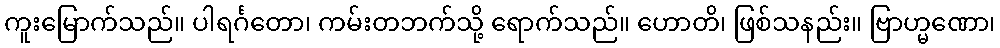
ကူးမြောက်သည်။ ပါရင်္ဂတော၊ ကမ်းတဘက်သို့ ရောက်သည်။ ဟောတိ၊ ဖြစ်သနည်း။ ဗြာဟ္မဏော၊